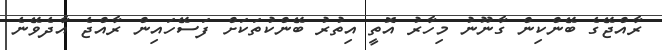
ރާއްޖޭގެ ބޭންކިން ގާނޫނު މިހާރު އޮތީ އިތުރު ބޭންކުތަކަށް ފަސޭހައިން ރާއްޖެ އާދެވޭނެ